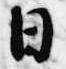
日